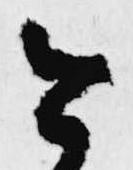
公